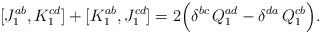
LaTeX: \begin{align*}[ J_1^{ab} , K_1^{cd} ] + [ K_1^{ab} , J_1^{cd} ] = 2 \Bigl( \delta^{bc} \, Q_1^{ad} - \delta^{da} \, Q_1^{cb} \Bigr) . \end{align*}